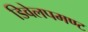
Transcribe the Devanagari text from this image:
डिवेलपमण्ट